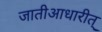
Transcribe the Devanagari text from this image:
जातीआधारीत्